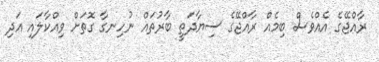
ރާއްޖޭގެ އެއްވެސް ބިމެއް ރާއްޖޭގެ ސިޔާދަތީ ބާރުތައް ނުހިނގާ ގޮތަށް ވިއްކާލައި އަދި